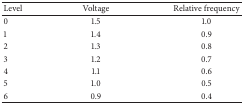
<table><thead><tr><td><b>Level</b></td><td><b>Voltage</b></td><td><b>Relative frequency</b></td></tr></thead><tbody><tr><td>0</td><td>1.5</td><td>1.0</td></tr><tr><td>1</td><td>1.4</td><td>0.9</td></tr><tr><td>2</td><td>1.3</td><td>0.8</td></tr><tr><td>3</td><td>1.2</td><td>0.7</td></tr><tr><td>4</td><td>1.1</td><td>0.6</td></tr><tr><td>5</td><td>1.0</td><td>0.5</td></tr><tr><td>6</td><td>0.9</td><td>0.4</td></tr></tbody></table>